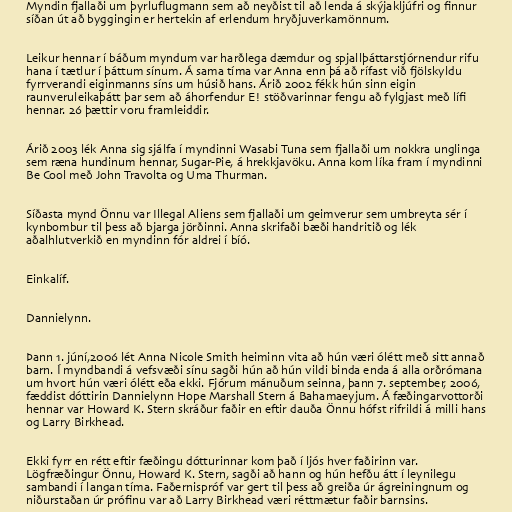
Myndin fjallaði um þyrluflugmann sem að neyðist til að lenda á skýjakljúfri og finnur
síðan út að byggingin er hertekin af erlendum hryðjuverkamönnum.

Leikur hennar í báðum myndum var harðlega dæmdur og spjallþáttarstjórnendur rifu
hana í tætlur í þáttum sínum. Á sama tíma var Anna enn þá að rífast við fjölskyldu
fyrrverandi eiginmanns síns um húsið hans. Árið 2002 fékk hún sinn eigin
raunveruleikaþátt þar sem að áhorfendur E! stöðvarinnar fengu að fylgjast með lífi
hennar. 26 þættir voru framleiddir.

Árið 2003 lék Anna sig sjálfa í myndinni Wasabi Tuna sem fjallaði um nokkra unglinga
sem ræna hundinum hennar, Sugar-Pie, á hrekkjavöku. Anna kom líka fram í myndinni
Be Cool með John Travolta og Uma Thurman.

Síðasta mynd Önnu var Illegal Aliens sem fjallaði um geimverur sem umbreyta sér í
kynbombur til þess að bjarga jörðinni. Anna skrifaði bæði handritið og lék
aðalhlutverkið en myndinn fór aldrei í bíó.

Einkalíf.

Dannielynn.

Þann 1. júní,2006 lét Anna Nicole Smith heiminn vita að hún væri ólétt með sitt annað
barn. Í myndbandi á vefsvæði sínu sagði hún að hún vildi binda enda á alla orðrómana
um hvort hún væri ólétt eða ekki. Fjórum mánuðum seinna, þann 7. september, 2006,
fæddist dóttirin Dannielynn Hope Marshall Stern á Bahamaeyjum. Á fæðingarvottorði
hennar var Howard K. Stern skráður faðir en eftir dauða Önnu hófst rifrildi á milli hans
og Larry Birkhead.

Ekki fyrr en rétt eftir fæðingu dótturinnar kom það í ljós hver faðirinn var.
Lögfræðingur Önnu, Howard K. Stern, sagði að hann og hún hefðu átt í leynilegu
sambandi í langan tíma. Faðernispróf var gert til þess að greiða úr ágreiningnum og
niðurstaðan úr prófinu var að Larry Birkhead væri réttmætur faðir barnsins.